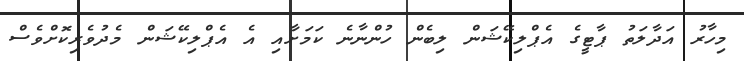
މިހާރު އަދާލަތު ޕާޓީގެ އެޕްލިކޭޝަން ލިބެން ހުންނާނެ ކަމަށާއި އެ އެޕްލިކޭޝަން މެދުވެރިކޮށްވެސް